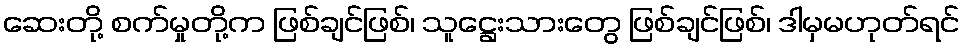
ဆေးတို့ စက်မှုတို့က ဖြစ်ချင်ဖြစ်၊ သူဋ္ဌေးသားတွေ ဖြစ်ချင်ဖြစ်၊ ဒါမှမဟုတ်ရင်